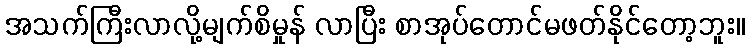
အသက်ကြီးလာလို့မျက်စိမှုန် လာပြီး စာအုပ်တောင်မဖတ်နိုင်တော့ဘူး။